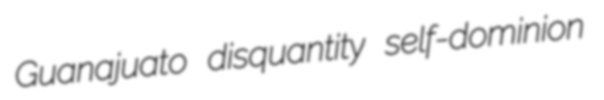
Guanajuato disquantity self-dominion